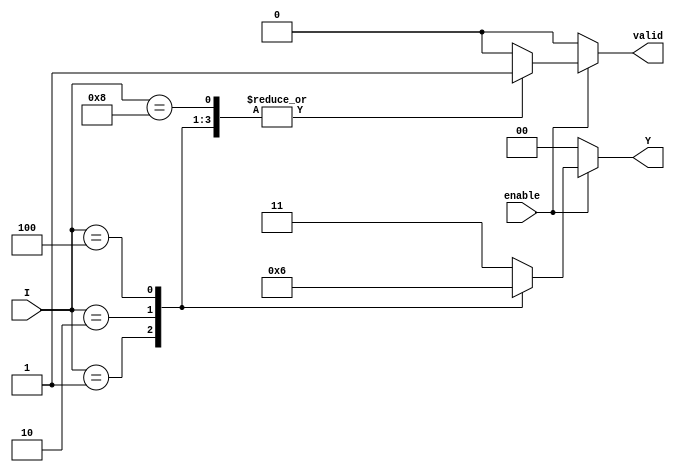
module binary_encoder (
    input wire [3:0] I,   // 4 input lines (I0, I1, I2, I3)
    input wire enable,     // Enable signal
    output reg [1:0] Y,   // 2-bit output
    output reg valid       // Valid output indicator
);

    always @(*) begin
        if (!enable) begin
            Y = 2'b00;  // Output is 00 when not enabled
            valid = 1'b0; // Not valid
        end else begin
            case (I)
                4'b0001: begin
                    Y = 2'b00; // I0 is active
                    valid = 1'b1;
                end
                4'b0010: begin
                    Y = 2'b01; // I1 is active
                    valid = 1'b1;
                end
                4'b0100: begin
                    Y = 2'b10; // I2 is active
                    valid = 1'b1;
                end
                4'b1000: begin
                    Y = 2'b11; // I3 is active
                    valid = 1'b1;
                end
                default: begin
                    Y = 2'b11; // Invalid state when no input is active
                    valid = 1'b0; // Not valid
                end
            endcase
        end
    end

endmodule